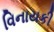
વિનાયકી